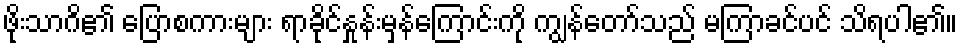
ဖိုးသာဂိ၏ ပြောစကားများ ရာခိုင်နှုန်းမှန်ကြောင်းကို ကျွန်တော်သည် မကြာခင်ပင် သိရပါ၏။